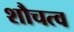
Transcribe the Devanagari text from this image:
शौचत्व